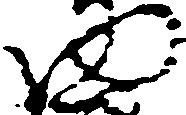
ゆ